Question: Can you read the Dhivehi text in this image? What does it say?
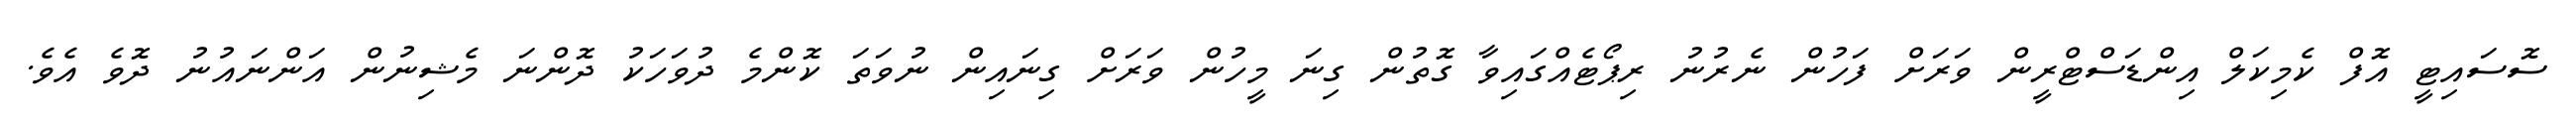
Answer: ސޮސައިޓީ އޮފް ކެމިކަލް އިންޑަސްޓްރީން ވަރަށް ފަހުން ނެރުނު ރިޕޯޓެއްގައިވާ ގޮތުން ގިނަ މީހުން ވަރަށް ގިނައިން ނުވަތަ ކޮންމެ ދުވަހަކު ދޮންނަ މެޝިނުން އަންނައުނު ދޮވެ އެވެ.